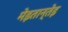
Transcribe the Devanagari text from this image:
मेइतान्तेइ